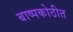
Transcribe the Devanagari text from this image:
बाष्पकोठीत